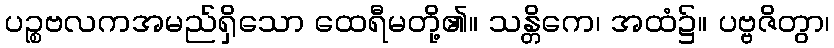
ပဉ္စဗလကအမည်ရှိသော ထေရီမတို့၏။ သန္တိကေ၊ အထံ၌။ ပဗ္ဗဇိတွာ၊